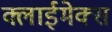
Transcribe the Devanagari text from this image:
क्लाईमेक्स